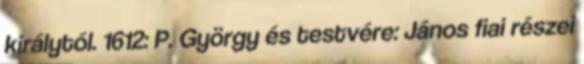
királytól. 1612: P. György és testvére: János fiai részei